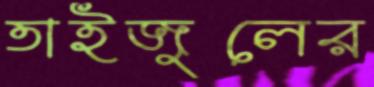
তাইজুলের